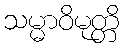
သမ္မာဝိမုတ္တိ